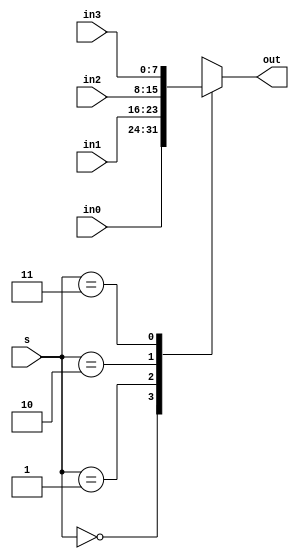
`timescale 1ns / 1ps
//////////////////////////////////////////////////////////////////////////////////
// Company: 
// Engineer: 
// 
// Design Name: 
// Module Name: MUX4
// Project Name: 
// Target Devices: 
// Tool Versions: 
// Description: 
// 
// Dependencies: 
// 
// Revision:
// Revision 0.01 - File Created
// Additional Comments:
// 
//////////////////////////////////////////////////////////////////////////////////


module MUX4 #(parameter WIDTH=8)
    (
    input [WIDTH-1:0] in0,
    input [WIDTH-1:0] in1,
    input [WIDTH-1:0] in2,
    input [WIDTH-1:0] in3,
    input [1:0] s,
    output reg [WIDTH-1:0] out
    );
    
    always@(*)
    begin
        case(s)
        2'b00:out<=in0;
        2'b01:out<=in1;
        2'b10:out<=in2;
        2'b11:out<=in3;
        endcase
    end
    
endmodule